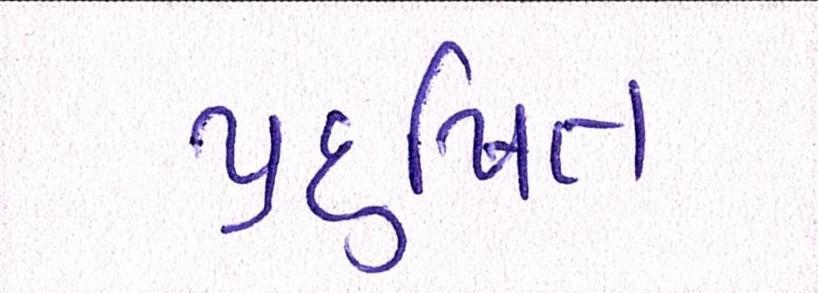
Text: પ્રદુષિત